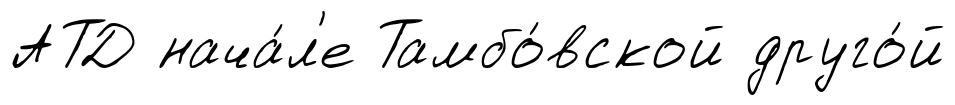
АТД нача́л'е Тамбо́вской друго́й